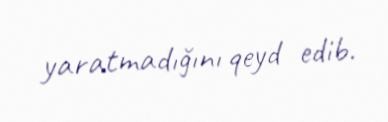
yaratmadığını qeyd edib.